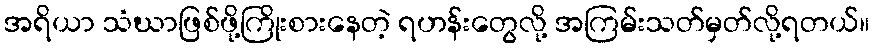
အရိယာ သံဃာဖြစ်ဖို့ကြိုးစားနေတဲ့ ရဟန်းတွေလို့ အကြမ်းသတ်မှတ်လို့ရတယ်။